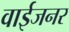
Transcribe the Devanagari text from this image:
वाईजनर